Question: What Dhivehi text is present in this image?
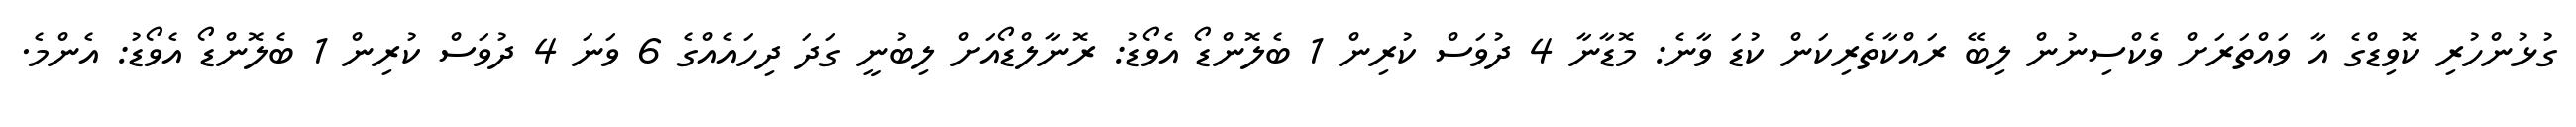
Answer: ގުޅުންހުރި ކޮވިޑްގެ އާ ވައްތަރަށް ވެކްސިނުން ލިބޭ ރައްކާތެރިކަން ކުޑަ ވާނެ: މޮޑާނާ 4 ދުވަސް ކުރިން 1 ބެލޮންޑޯ އެވޯޑު: ރޮނާލްޑޯއަށް ލިބުނީ ގަދަ ދިހައެއްގެ 6 ވަނަ 4 ދުވަސް ކުރިން 1 ބެލޮންޑޯ އެވޯޑު: އެންމެ.